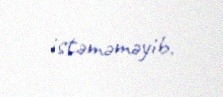
istəməməyib.